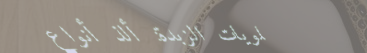
حلويات الزبدة: ألذ أنواع